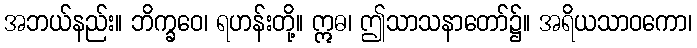
အဘယ်နည်း။ ဘိက္ခဝေ၊ ရဟန်းတို့။ ဣဓ၊ ဤသာသနာတော်၌။ အရိယသာဝကော၊